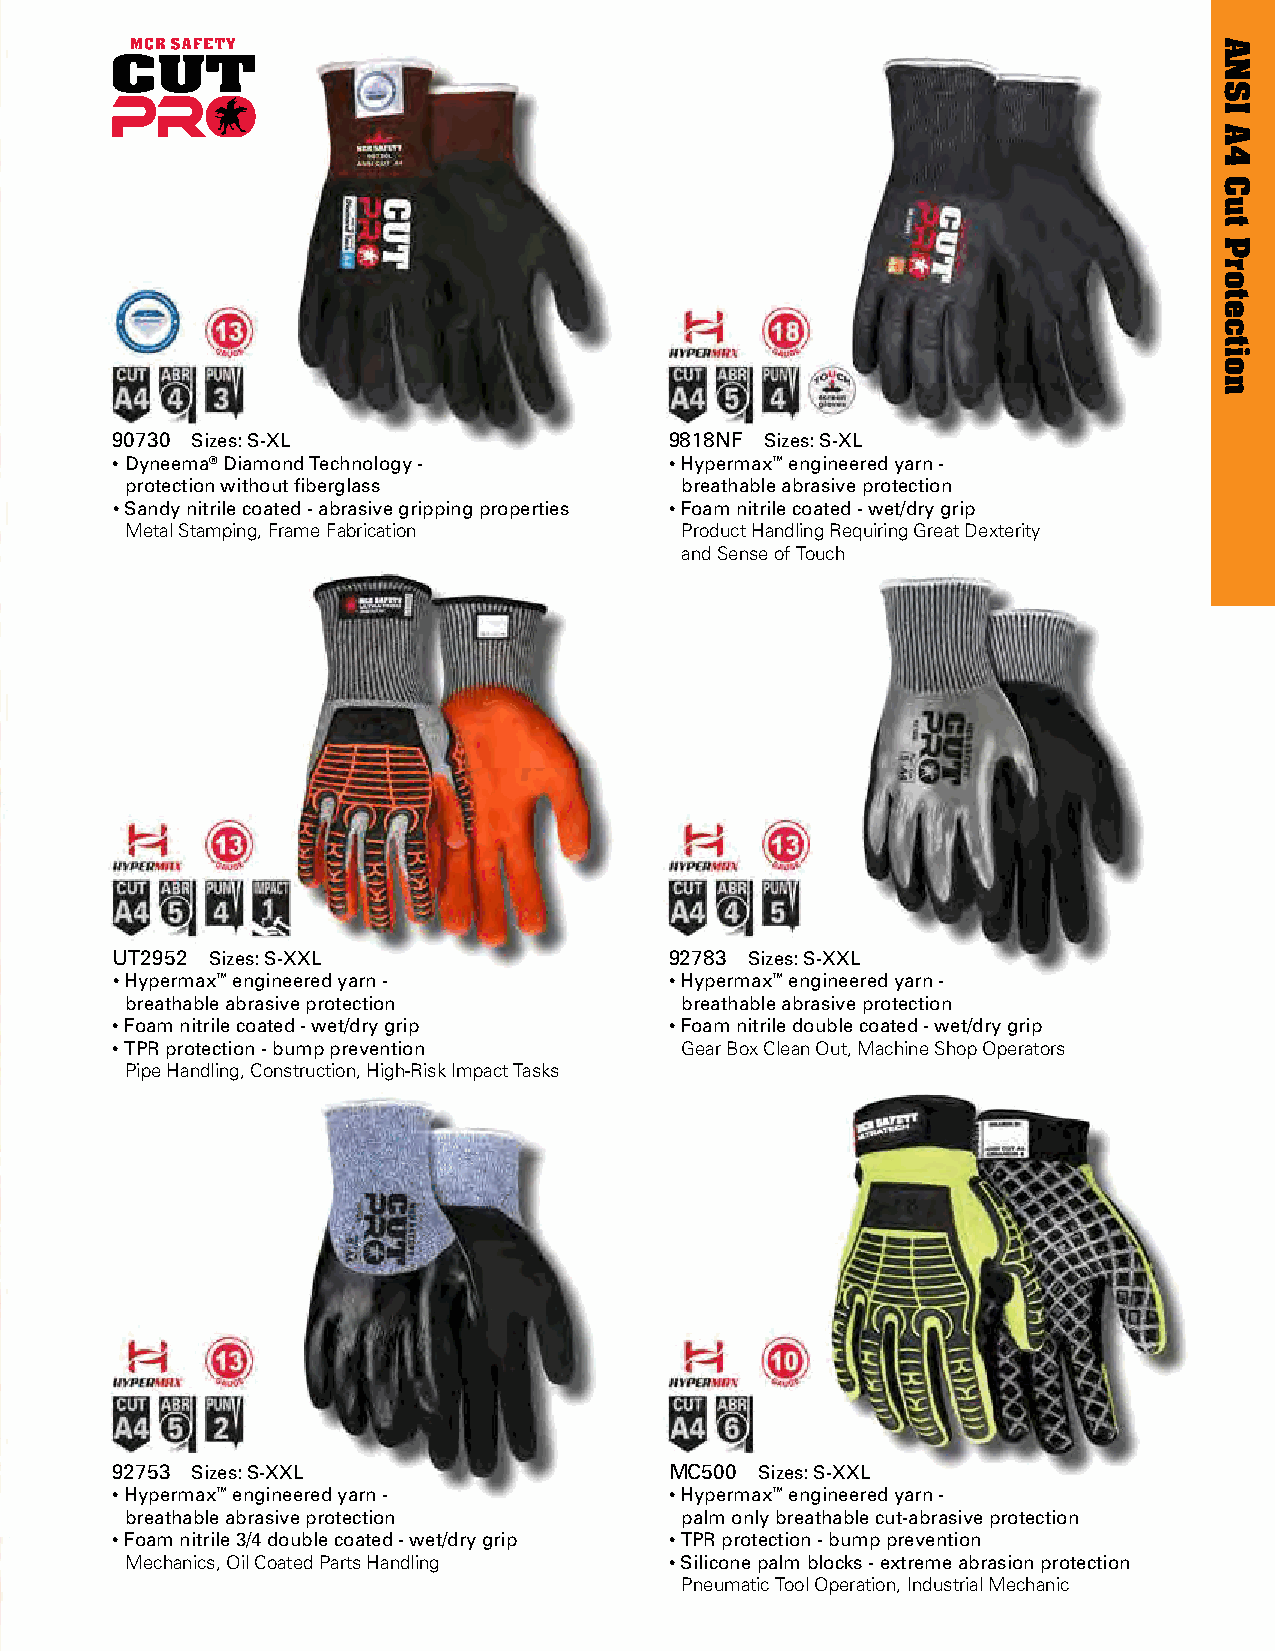
90730 Sizes: S-XL                    9818NF Sizes: S-XL
 • Dyneema® Diamond Technology -      • Hypermax™ engineered yarn -
 protection without fiberglass        breathable abrasive protection
 • Sandy nitrile coated - abrasive gripping properties • Foam nitrile coated - wet/dry grip
 Metal Stamping, Frame Fabrication    Product Handling Requiring Great Dexterity
 and Sense of Touch
 UT2952 Sizes: S-XXL                  92783 Sizes: S-XXL
 • Hypermax™ engineered yarn -        • Hypermax™ engineered yarn -
 breathable abrasive protection       breathable abrasive protection
 • Foam nitrile coated - wet/dry grip • Foam nitrile double coated - wet/dry grip
 • TPR protection - bump prevention    Gear Box Clean Out, Machine Shop Operators
 Pipe Handling, Construction, High-Risk Impact Tasks
 92753 Sizes: S-XXL                   MC500 Sizes: S-XXL
 • Hypermax™ engineered yarn -        • Hypermax™ engineered yarn -
 breathable abrasive protection       palm only breathable cut-abrasive protection
 • Foam nitrile 3/4 double coated - wet/dry grip • TPR protection - bump prevention
 Mechanics, Oil Coated Parts Handling • Silicone palm blocks - extreme abrasion protection
 Pneumatic Tool Operation, Industrial Mechanic
 ANSI
 A4
 Cut
 Protection